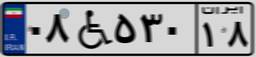
۸۲W۴۶۸۴۳